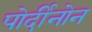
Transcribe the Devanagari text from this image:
पोर्दीनोन